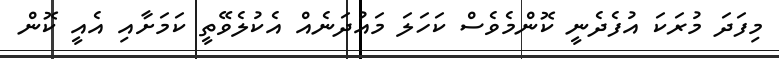
މިފަދަ މުރަކަ އުފެދެނީ ކޮންމެވެސް ކަހަލަ މައުދަނެއް އެކުލެވޭތީ ކަމަށާއި އެއީ ކޮން